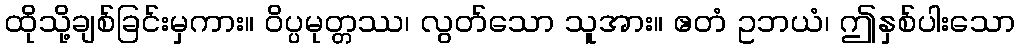
ထိုသို့ချစ်ခြင်းမှကား။ ဝိပ္ပမုတ္တဿ၊ လွတ်သော သူအား။ ဧတံ ဥဘယံ၊ ဤနှစ်ပါးသော